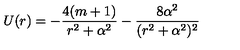
U ( r ) = - { \frac { 4 ( m + 1 ) } { r ^ { 2 } + \alpha ^ { 2 } } } - { \frac { 8 \alpha ^ { 2 } } { ( r ^ { 2 } + \alpha ^ { 2 } ) ^ { 2 } } }